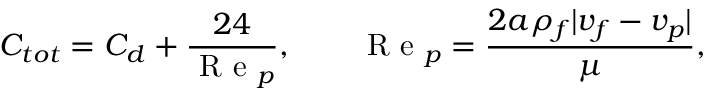
C _ { t o t } = C _ { d } + \frac { 2 4 } { \mathrm { ~ R ~ e ~ } _ { p } } , \qquad \mathrm { ~ R ~ e ~ } _ { p } = \frac { 2 a \rho _ { f } | \boldsymbol { v _ { f } } - \boldsymbol { v _ { p } } | } { \mu } ,